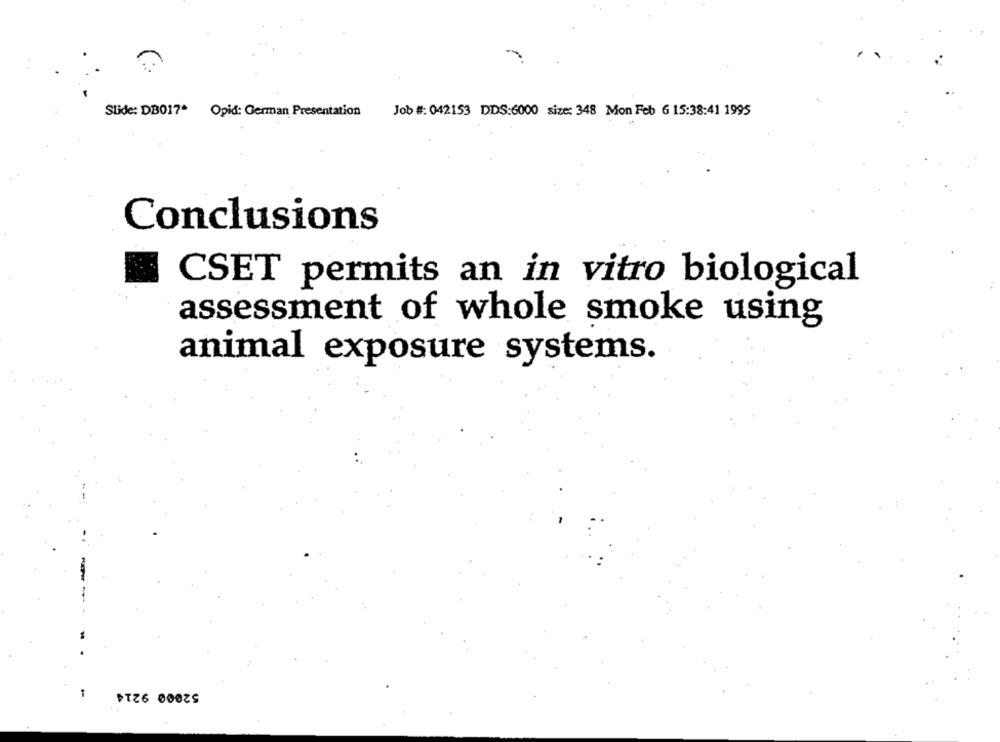
Job #: 042153 DIDS:6000 size: 348 Mon Feb 6 15:38:41 1995
Slide: DB017* Opid: German Presentation
Conclusions
CSET permits an in vitro biological
assessment of whole smoke using
animal exposure systems.